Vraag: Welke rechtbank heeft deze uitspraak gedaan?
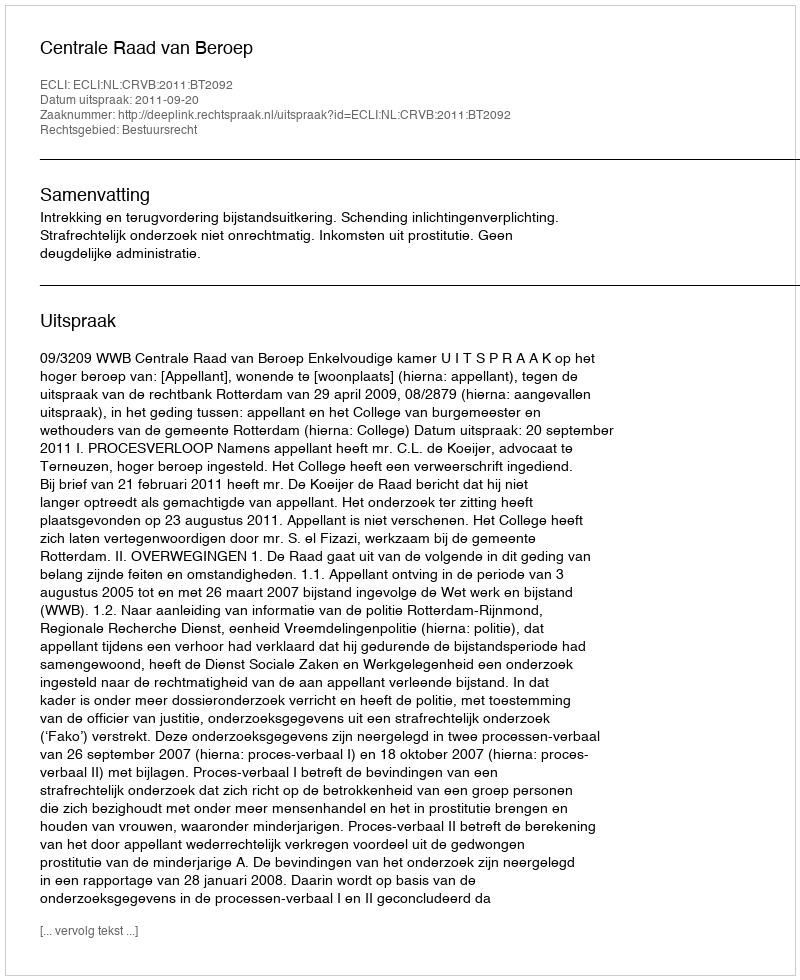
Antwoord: Centrale Raad van Beroep